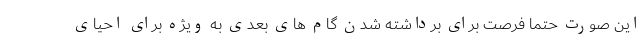
این صورت حتما فرصت برای برداشته شدن گام های بعدی به ویژه برای احیای